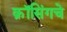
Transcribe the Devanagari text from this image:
क्रॉसिंगचे